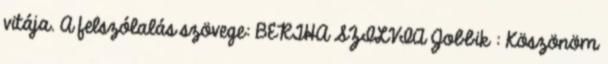
vitája. A felszólalás szövege: BERTHA SZILVIA Jobbik : Köszönöm